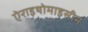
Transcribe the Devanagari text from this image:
ऐराइथोमाइसीन